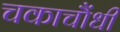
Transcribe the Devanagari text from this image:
चकाचौंधी